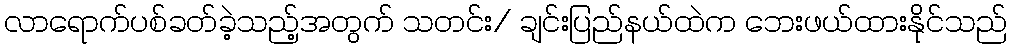
လာရောက်ပစ်ခတ်ခဲ့သည့်အတွက် သတင်း/ ချင်းပြည်နယ်ထဲက ဘေးဖယ်ထားနိုင်သည်